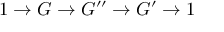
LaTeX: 1 \to G \to G ^ { \prime \prime } \to G ^ { \prime } \to 1